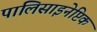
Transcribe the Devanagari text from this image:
पालिसाइनेप्टिक